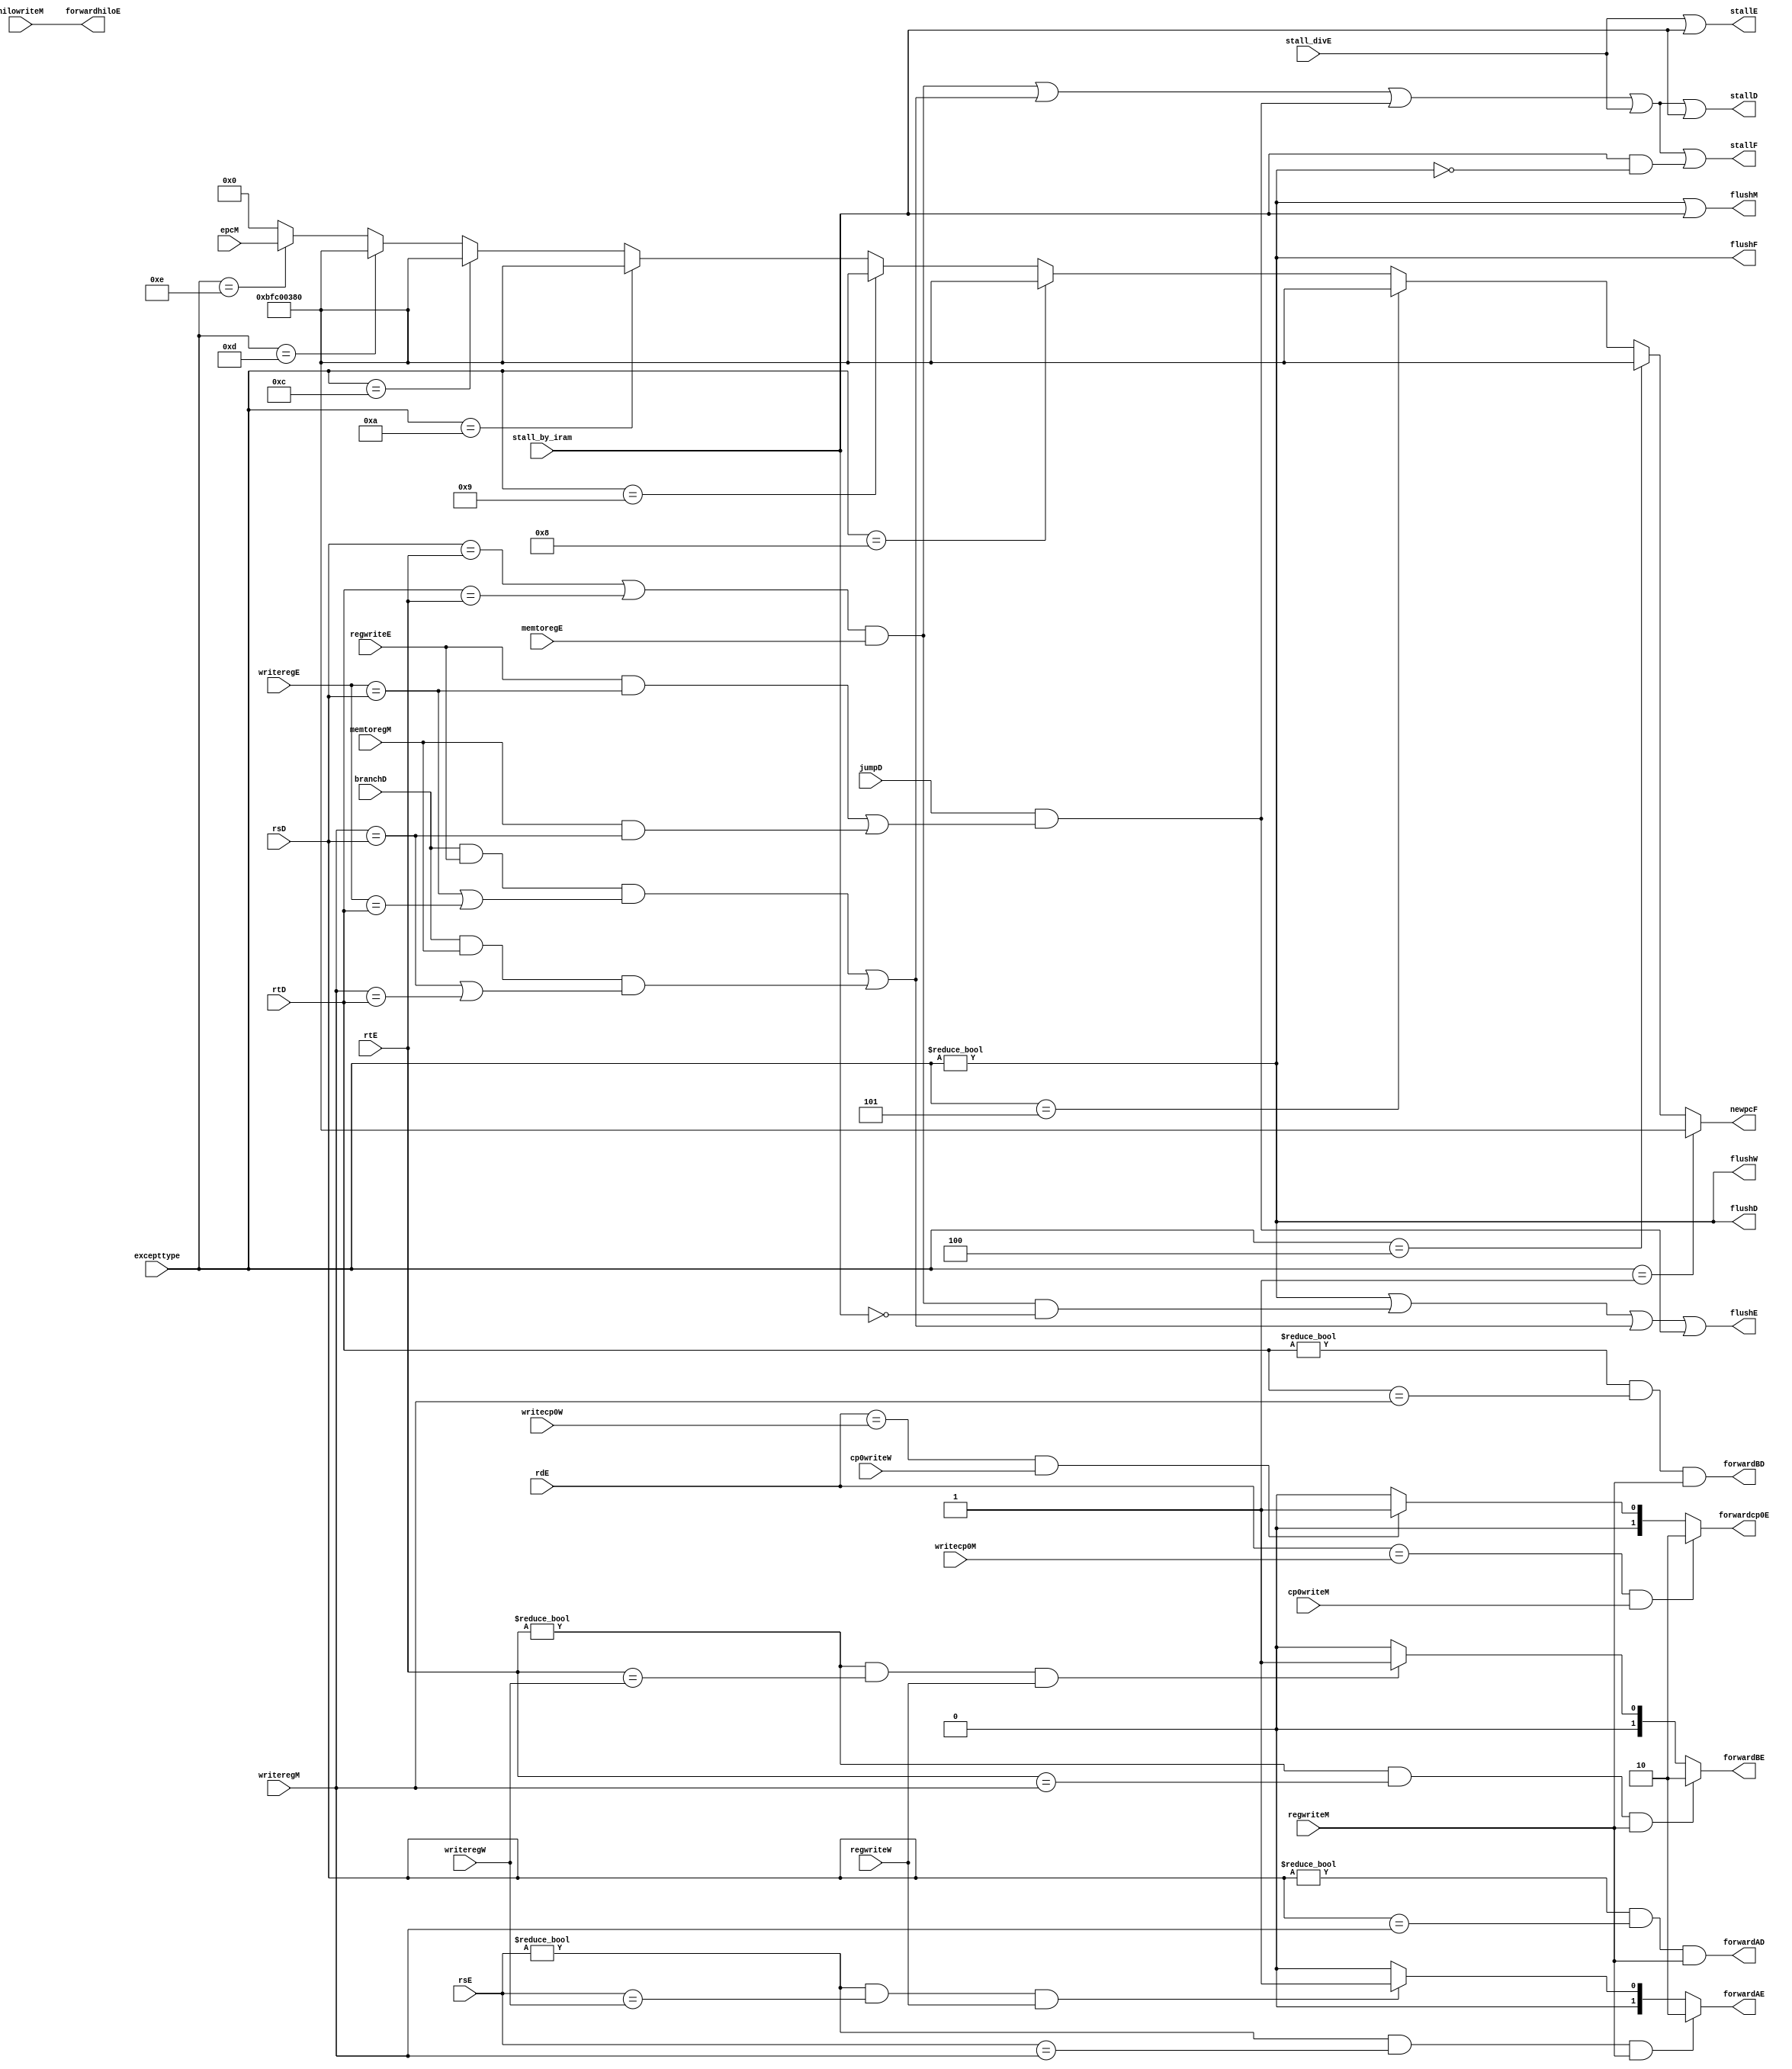
module hazard_unit(
        input stall_by_iram,
        input regwriteM,regwriteW,regwriteE,hilowriteM,
        input cp0writeM,cp0writeW,
        input memtoregE,memtoregM,
        input branchD,jumpD,stall_divE,
        input [4:0] writeregE,writeregM,writeregW,
        input [4:0] writecp0M,writecp0W,
        input [4:0] rsD,rtD,
        input [4:0] rsE,rtE,rdE,
        input [31:0] excepttype,epcM,
        output [1:0] forwardAE,forwardBE,
        output forwardAD,forwardBD,
        output forwardhiloE,
        output [1:0] forwardcp0E,
        output stallF,stallD,stallE,
        output flushF,flushD,flushE,flushM,flushW,
        output [31:0] newpcF
    );
    
    wire branchstall,lwstall,jumpstall,except_flush;

    /*-----functional signals-----*/
    assign lwstall = ((rsD==rtE)||(rtD==rtE))&&memtoregE;
    assign branchstall=(branchD&&regwriteE&&((writeregE==rsD)||(writeregE==rtD)))||(branchD&&memtoregM&&((writeregM==rsD||writeregM==rtD)));
    assign jumpstall=jumpD&&((regwriteE&&(writeregE==rsD))||(memtoregM&&writeregM==rsD));
    assign except_flush=(excepttype!=32'h0);

    /*-----data forwardings-----*/
    assign forwardAE = ((rsE!=0)&&(rsE==writeregM)&&regwriteM)?2'b10:
                       ((rsE!=0)&&(rsE==writeregW)&&regwriteW)?2'b01:2'b00;
                       
    assign forwardBE = ((rtE!=0)&&(rtE==writeregM)&&regwriteM)?2'b10:
                       ((rtE!=0)&&(rtE==writeregW)&&regwriteW)?2'b01:2'b00;
                       
    assign forwardAD = (rsD!=0)&&(rsD==writeregM)&&regwriteM;
    assign forwardBD = (rtD!=0)&&(rtD==writeregM)&&regwriteM;

    assign forwardhiloE = hilowriteM;
    assign forwardcp0E = (rdE==writecp0M&&cp0writeM)?2'b10:
                         (rdE==writecp0W&&cp0writeW)?2'b01:2'b00; 
    
    /*-----Assembly line stalls-----*/                   
    assign stallF=lwstall||branchstall||jumpstall||stall_divE||(stall_by_iram&!flushF);
    assign stallD=lwstall||branchstall||jumpstall||stall_divE||stall_by_iram;
    assign stallE=stall_divE||stall_by_iram;

    /*-----Assembly line clear-----*/
    assign flushF=except_flush;
    assign flushD=except_flush;
    assign flushE=except_flush||(lwstall&&!stall_by_iram)||branchstall||jumpstall;
    assign flushM=except_flush||stall_by_iram;
    assign flushW=except_flush;

    /*-----Exception pc jump-----*/
    assign newpcF=(excepttype==32'h00000001)?32'hBFC00380:
                  (excepttype==32'h00000004)?32'hBFC00380:
                  (excepttype==32'h00000005)?32'hBFC00380:
                  (excepttype==32'h00000008)?32'hBFC00380:
                  (excepttype==32'h00000009)?32'hBFC00380:
                  (excepttype==32'h0000000a)?32'hBFC00380:
                  (excepttype==32'h0000000c)?32'hBFC00380:
                  (excepttype==32'h0000000d)?32'hBFC00380:
                  (excepttype==32'h0000000e)?epcM:32'h00000000;

endmodule